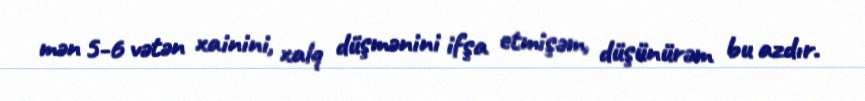
mən 5-6 vətən xainini, xalq düşmənini ifşa etmişəm, düşünürəm bu azdır.